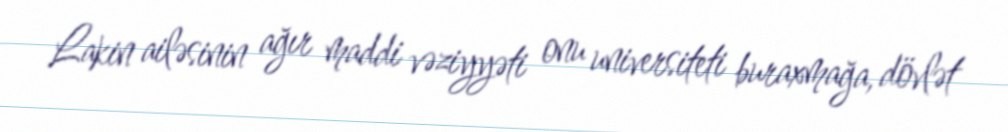
Lakin ailəsinin ağır maddi vəziyyəti onu universiteti buraxmağa, dövlət